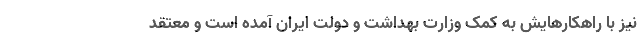
نیز با راهکارهایش به کمک وزارت بهداشت و دولت ایران آمده است و معتقد